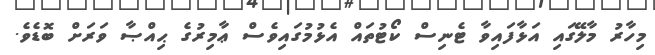
މިހާރު މާލޭގައި އަޅާފައިވާ ޓެނިސް ކޯޓުތައް އެޅުމުގައިވެސް ޢާމިރުގެ ޙިއްޞާ ވަރަށް ބޮޑެވެ.